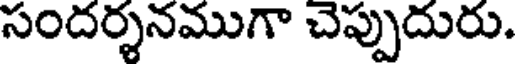
సందర్శనముగా చెప్పుదురు.